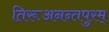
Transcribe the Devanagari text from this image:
तिरूअनन्तपुरम्